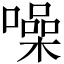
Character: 噪